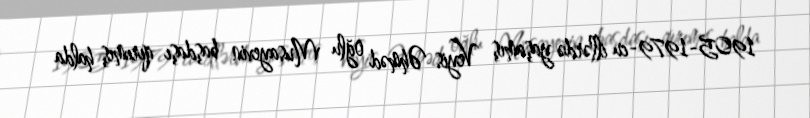
1905-1979-cu illərdə yaşamış Veyis Əhməd oğlu Musayevin başdaşı qırımış halda